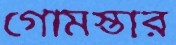
গোমস্তার